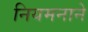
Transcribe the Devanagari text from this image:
नियमनाने